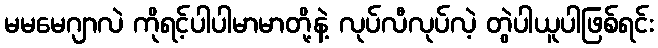
မမမေဂျာလဲ ကိုရင့်ပါပါမာမာတို့နဲ့ လုပ်လီလုပ်လဲ့ တွဲပါယူပါဖြစ်ရင်း